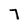
Character: 7